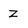
Character: z